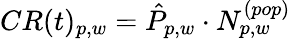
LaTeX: CR(t)_{p,w}=\hat{P}_{p,w}\cdot N_{p,w}^{(pop)}